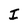
Character: I